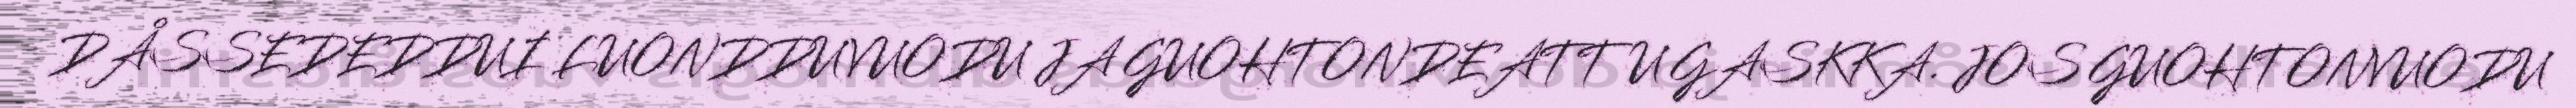
DÅSSEDEDDUI LUONDDUVUODU JA GUOHTONDEATTU GASKKA. JOS GUOHTONVUODU